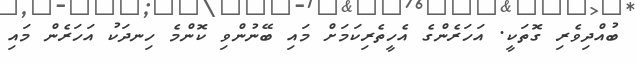
ބުއްދިވެރި ގޮތަކީ. އަހަރެންގެ އެހީތެރިކަމަށް މައި ބޭނުންވި ކޮންމެ ހިނދަކު އަހަރެން މައި